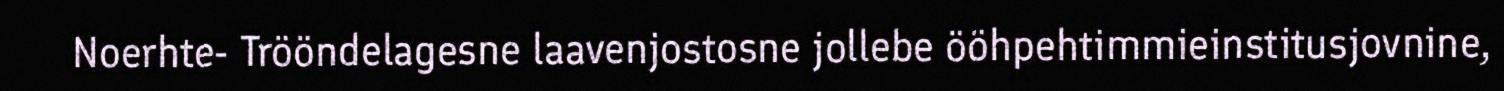
Noerhte- Trööndelagesne laavenjostosne jollebe ööhpehtimmieinstitusjovnine,